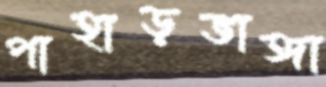
পাহাড়ভাঙ্গা